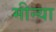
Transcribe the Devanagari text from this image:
मीन्या